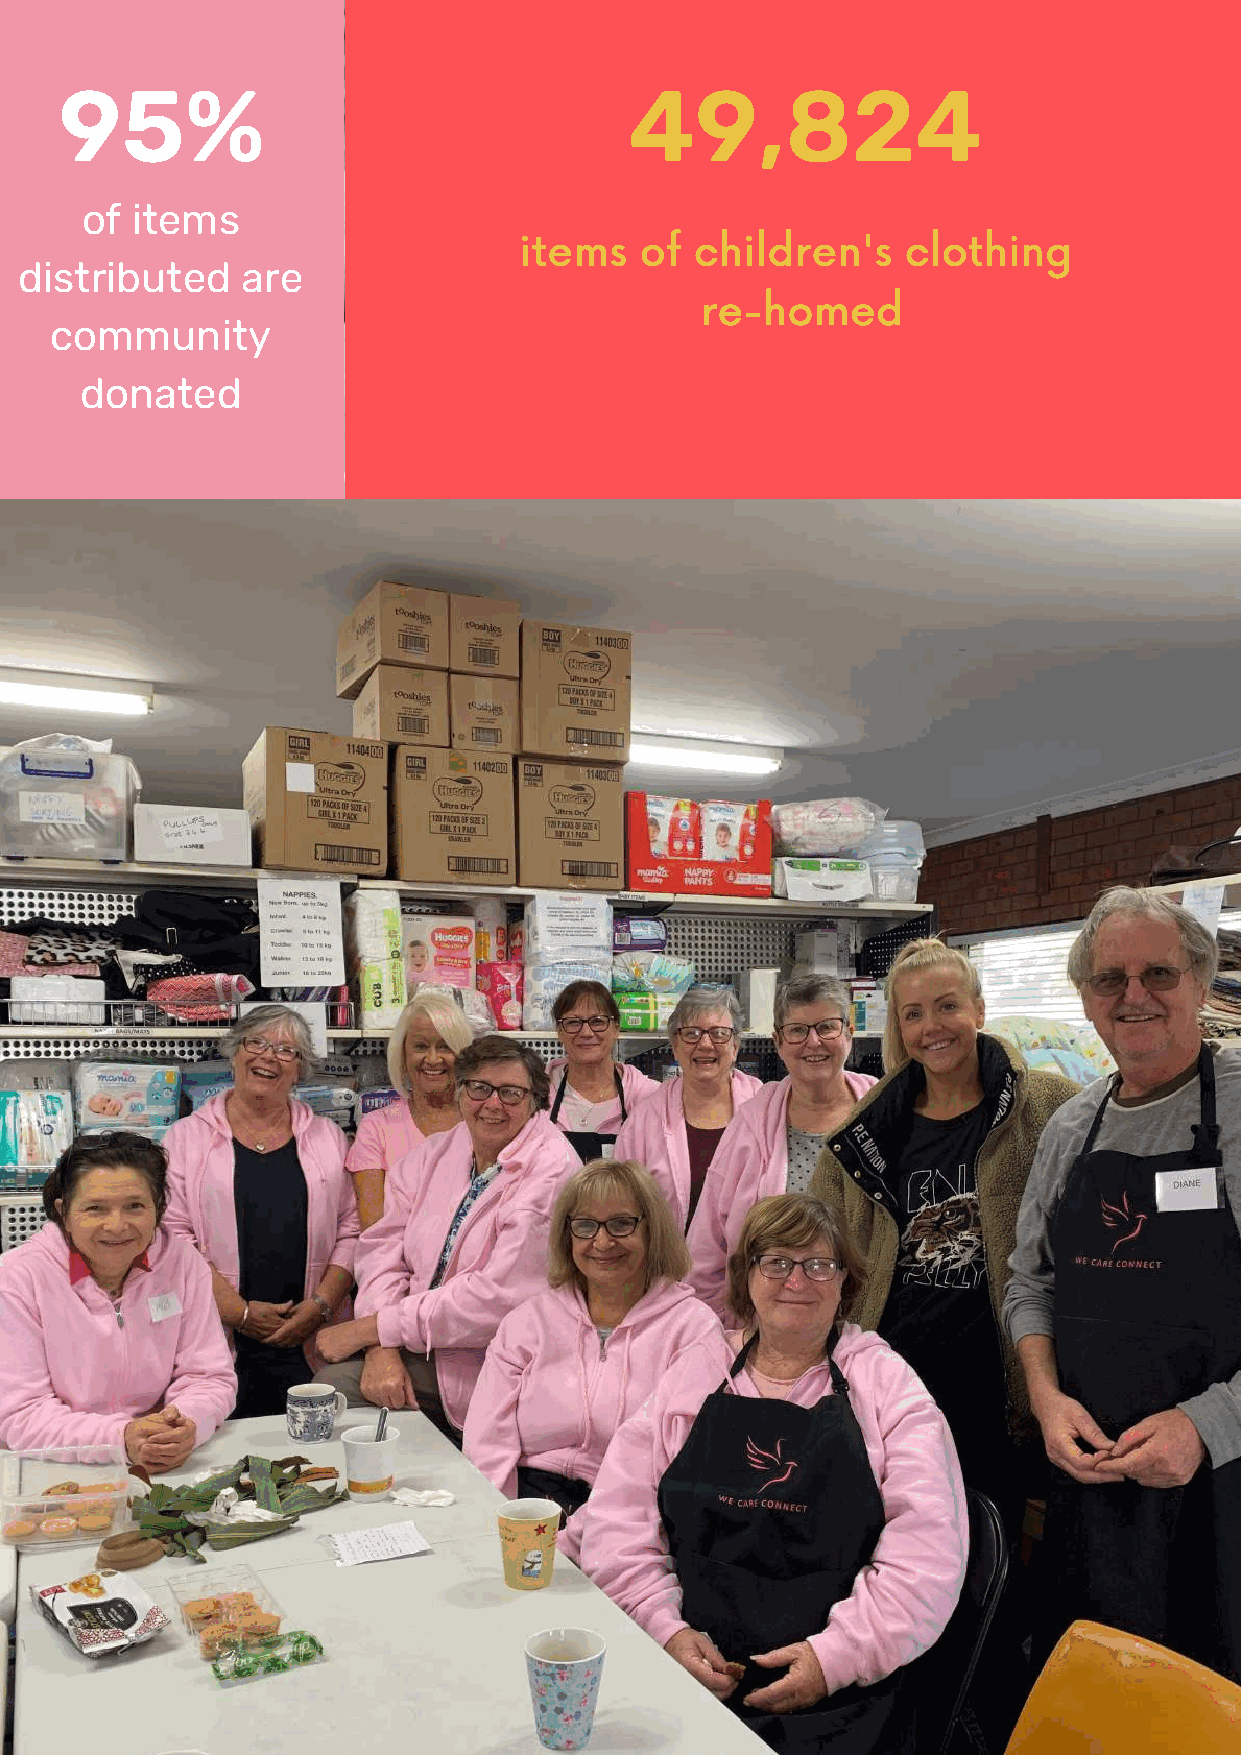
95%                                   49,824
 of  items
 items   of  children's    clothing
 distributed    are
 re-homed
 community
 donated